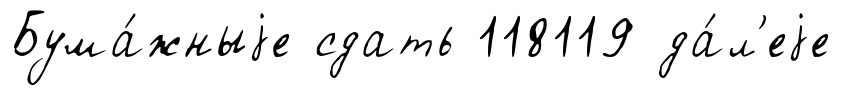
Бума́жныjе сдать 118119 да́л'еjе